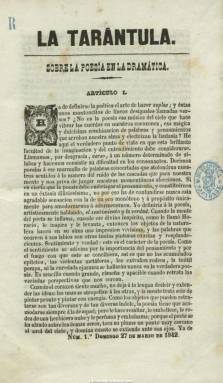
Título: La Tarántula (Granada)
Colección: Literatura
Ámbito geográfico: Granada
Lugar de publicación: Granada
Fechas: 27/03/1842-19/06/1842

Semanario (salía los domingos) que, estampado en la imprenta de Benavides, aparece el 27 de marzo de 1842, fruto de la disensión entre los redactores y colaboradores de la también revista cultural La Alhambra (Granada: 1839-1843), para “zaherirles en su labor”. Se suscribía en librerías de ciudades españolas. En entregas de dieciséis páginas y compuesto a una columna inserta artículos de crítica y arte, así como de creación literaria en prosa y verso (narraciones, romances, sonetos, etc.), otros sobre arte dramático e, incluso, alguno de modas. También ofrece bibliografía y notas de actualidad cultural, especialmente sobre las actividades y representaciones dramáticas en el liceo de la ciudad.

Entre sus principales colaboradores se encuentran el malagueño Aureliano Fernández-Guerra (1816-1891), Nicolás de Roda, Miguel González Aureoles, Mariano de Chaves y Loaisa y el murciano Zacarías Acosta. También publica versos un entonces joven Juan Valera (1824-1905), que en ese momento se encontraba en Granada realizando sus estudios. Los textos procedentes de los colaboradores de otras ciudades se les señala como correspondencia o comunicados remitidos.

La Hemeroteca del Museo Casa de los Tiros de Granada cuenta con una colección de doce números de esta publicación, correspondiendo el último al 12 de junio de 1842. La colección de la Biblioteca Nacional de España tiene además el número 13, de 19 de junio de ese año, y su desaparición pudo estar obligada por orden gubernamental. Su vida fue, por tanto corta, y según una nota de Fray Gerundio: boletín de noticias, de 25 de junio, dos de los principales redactores de La tarántula originaron desórdenes en el teatro de la ciudad, teniendo que intervenir las autoridades municipales. Uno de esos redactores pudo ser el sevillano y entonces joven poeta Manuel Cañete (1822-1891), que se convertirá en uno de los más destacados críticos literarios españoles del siglo XIX. Majón-Cabezas (1995) cita entre sus colaboradores a Josefa Moreno y Martos, que, nacida en Baeza en 1820, ha sido considerada entre las primeras feministas españolas que defendió la emancipación de la mujer.